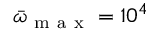
\bar { \omega } _ { \mathrm { ~ m ~ a ~ x ~ } } = 1 0 ^ { 4 }